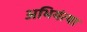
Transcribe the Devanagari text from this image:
अभियंत्या